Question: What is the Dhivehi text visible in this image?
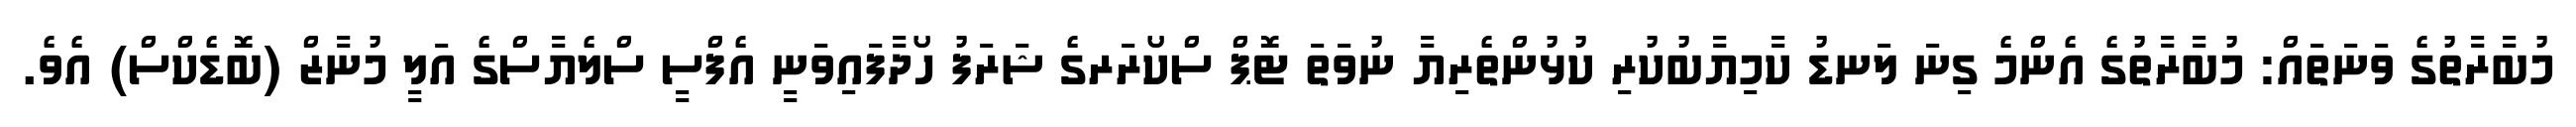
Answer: މުބާރާތުގެ ވަނަތައް: މުބާރާތުގެ އެންމެ ގިނަ ލަނޑު ކާމިޔާބުކުރި ކުޅުންތެރިޔާ ނުވަތަ ޓޮޕް ސްކޯރަރގެ ޝަރަފު ހޯދާފައިވަނީ އެފްސީ ސްލެޔާސްގެ އަލީ މުނާޒް (ބޮޑެކްސް) އެވެ.